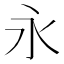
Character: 永